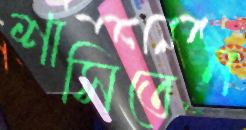
শাসিতেন